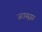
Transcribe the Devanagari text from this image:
जरासुद्धा